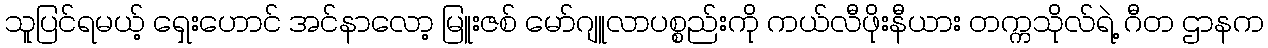
သူပြင်ရမယ့် ရှေးဟောင် အင်နာလော့ မြူးဇစ် မော်ဂျူလာပစ္စည်းကို ကယ်လီဖိုးနီယား တက္ကသိုလ်ရဲ့ ဂီတ ဌာနက